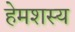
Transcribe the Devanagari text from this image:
हेमशस्य